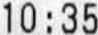
10:35